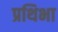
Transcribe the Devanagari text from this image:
प्रथिभा